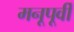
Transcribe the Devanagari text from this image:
मनूपूर्वी